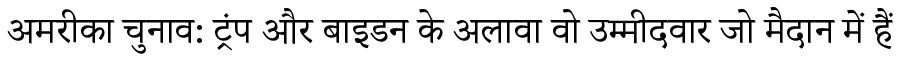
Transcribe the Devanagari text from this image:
अमरीका चुनाव: ट्रंप और बाइडन के अलावा वो उम्मीदवार जो मैदान में हैं